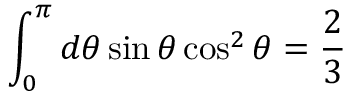
\int _ { 0 } ^ { \pi } d \theta \sin \theta \cos ^ { 2 } \theta = \frac { 2 } { 3 }